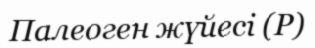
Палеоген жүйесі (Р)